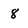
Character: 8